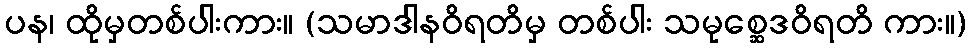
ပန၊ ထိုမှတစ်ပါးကား။ (သမာဒါနဝိရတိမှ တစ်ပါး သမုစ္ဆေဒဝိရတိ ကား။)